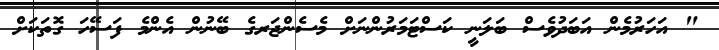
" އަހަރުމެން އަބަދުވެސް ބަަލަނީ ކަސްޓަމަރުންނަށް މެސެންޖަރގެ ބޭނުން އެންމެ ފަސޭހަ ގޮތަކަަށް